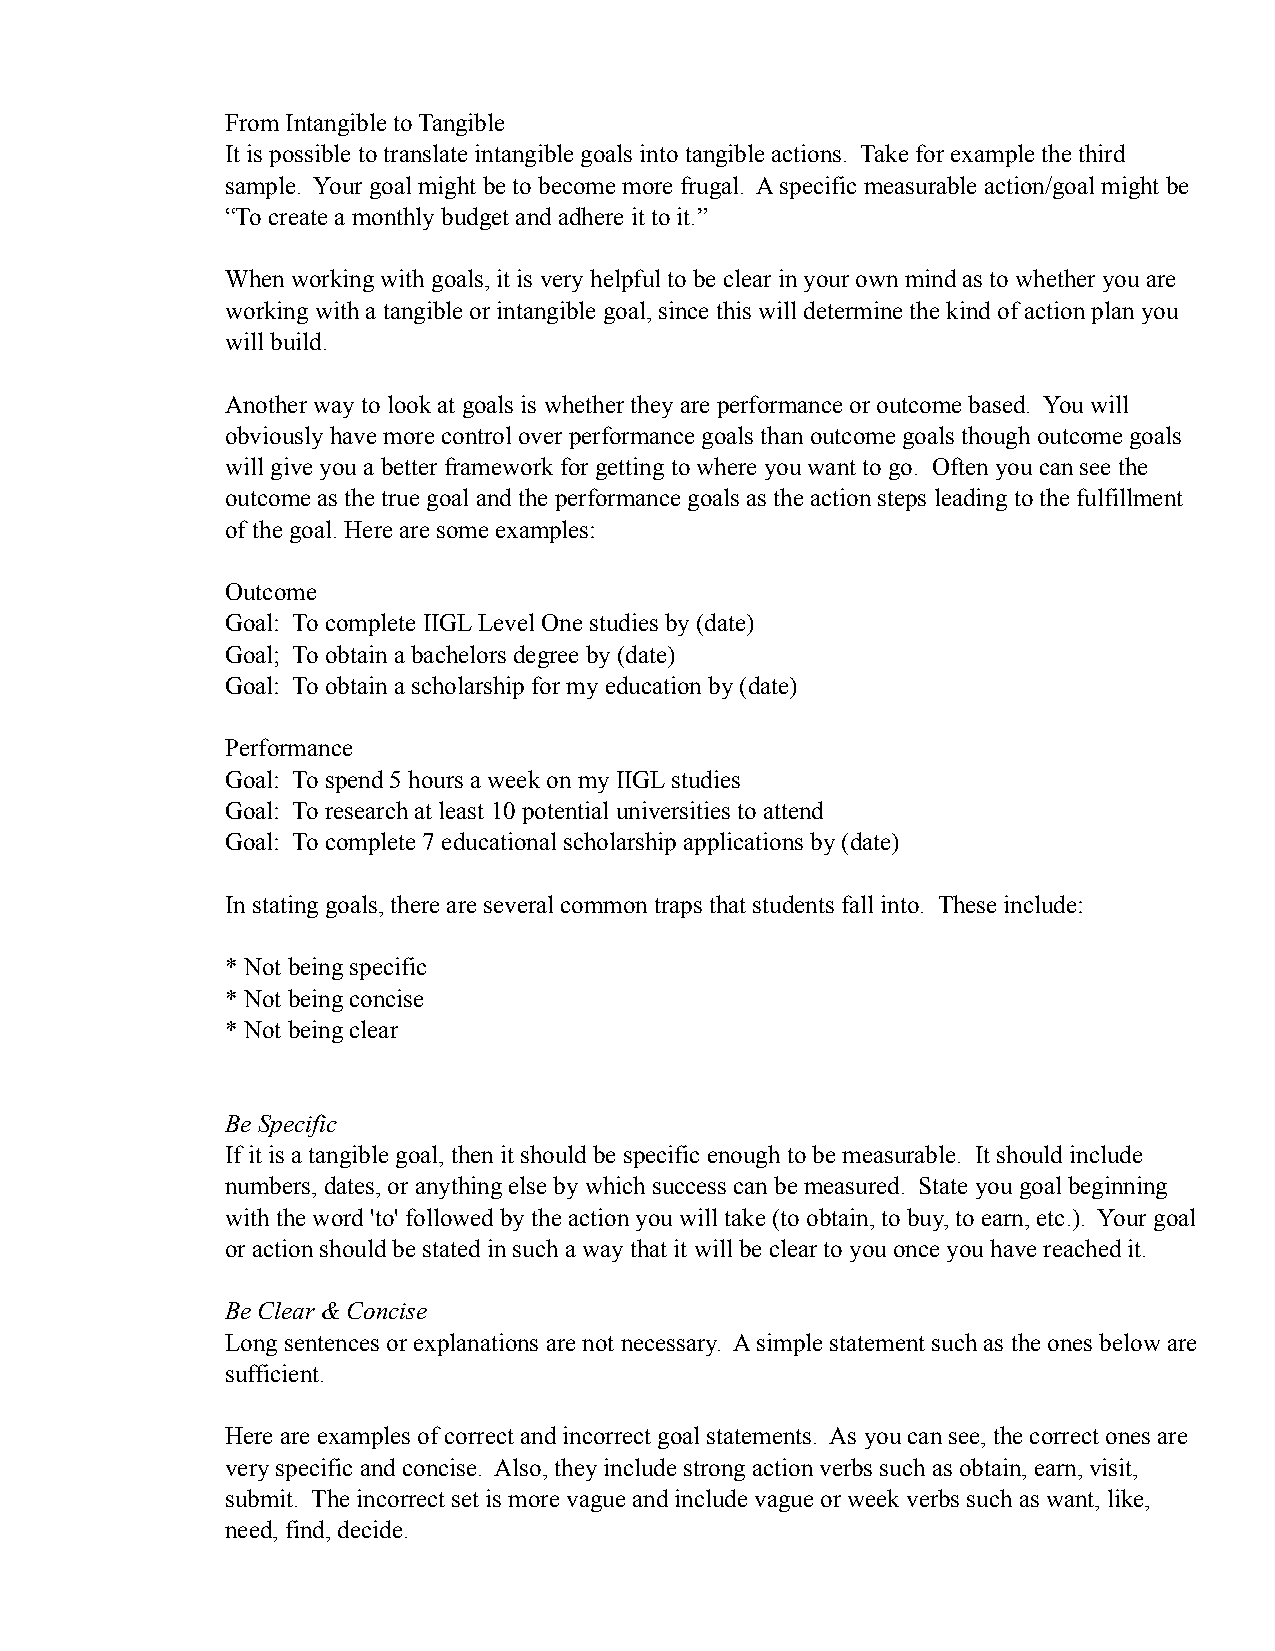
From Intangible to Tangible
 It is possible to translate intangible goals into tangible actions. Take for example the third
 sample. Your goal might be to become more frugal. A specific measurable action/goal might be
 “To create a monthly budget and adhere it to it.”
 When working with goals, it is very helpful to be clear in your own mind as to whether you are
 working with a tangible or intangible goal, since this will determine the kind of action plan you
 will build.
 Another way to look at goals is whether they are performance or outcome based. You will
 obviously have more control over performance goals than outcome goals though outcome goals
 will give you a better framework for getting to where you want to go. Often you can see the
 outcome as the true goal and the performance goals as the action steps leading to the fulfillment
 of the goal. Here are some examples:
 Outcome
 Goal: To complete IIGL Level One studies by (date)
 Goal; To obtain a bachelors degree by (date)
 Goal: To obtain a scholarship for my education by (date)
 Performance
 Goal: To spend 5 hours a week on my IIGL studies
 Goal: To research at least 10 potential universities to attend
 Goal: To complete 7 educational scholarship applications by (date)
 In stating goals, there are several common traps that students fall into. These include:
 * Not being specific
 * Not being concise
 * Not being clear
 Be Specific
 If it is a tangible goal, then it should be specific enough to be measurable. It should include
 numbers, dates, or anything else by which success can be measured. State you goal beginning
 with the word 'to' followed by the action you will take (to obtain, to buy, to earn, etc.). Your goal
 or action should be stated in such a way that it will be clear to you once you have reached it.
 Be Clear & Concise
 Long sentences or explanations are not necessary. A simple statement such as the ones below are
 sufficient.
 Here are examples of correct and incorrect goal statements. As you can see, the correct ones are
 very specific and concise. Also, they include strong action verbs such as obtain, earn, visit,
 submit. The incorrect set is more vague and include vague or week verbs such as want, like,
 need, find, decide.